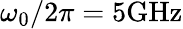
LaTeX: \omega_{0}/2\pi=5\mathrm{GHz}